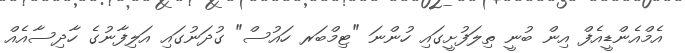
އެމްއެންޑީއެފް އިން ބުނީ ތިލަފުށީގައި ހުންނަ "ޓިމްބަރ ހައުސް" ގުދަނުގައި އަލިފާނުގެ ހާދިސާއެއް